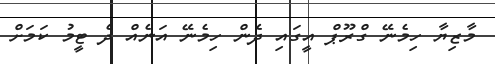
މާޒިޔާ ހިމެނޭ ގްރޫޕް އީގައި ދެން ހިމެނޭ އަނެއް ދެ ޓީމު ކަމަށް